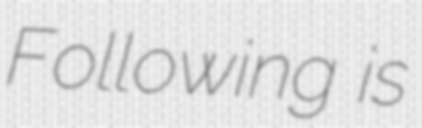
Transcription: Following is